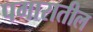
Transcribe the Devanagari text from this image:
पगारातील